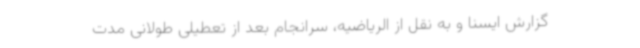
گزارش ایسنا و به نقل از الریاضیه، سرانجام بعد از تعطیلی طولانی مدت